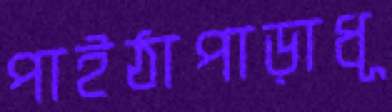
পাইঠাপাড়াধূ